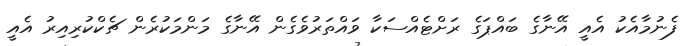
ފެނުމާއެކު އެއީ އޭނާގެ ބައްޕަގެ ރަށްޓެއްސަކާ ވައްތަރުވެގެން އޭނާގެ މަންމަކުރެން ޗެކްކުރިއިރު އެއީ